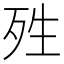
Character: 殅